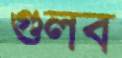
গুলব